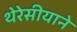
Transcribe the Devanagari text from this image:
थेरेसीयाने